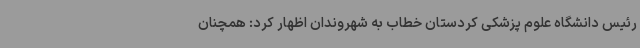
رئیس دانشگاه علوم پزشکی کردستان خطاب به شهروندان اظهار کرد: همچنان